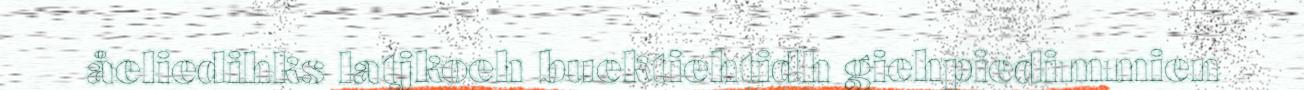
åeliedihks latjkoeh buektiehtidh giehpiedimmien